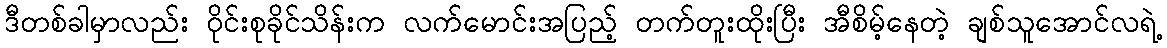
ဒီတစ်ခါမှာလည်း ဝိုင်းစုခိုင်သိန်းက လက်မောင်းအပြည့် တက်တူးထိုးပြီး အီစိမ့်နေတဲ့ ချစ်သူအောင်လရဲ့